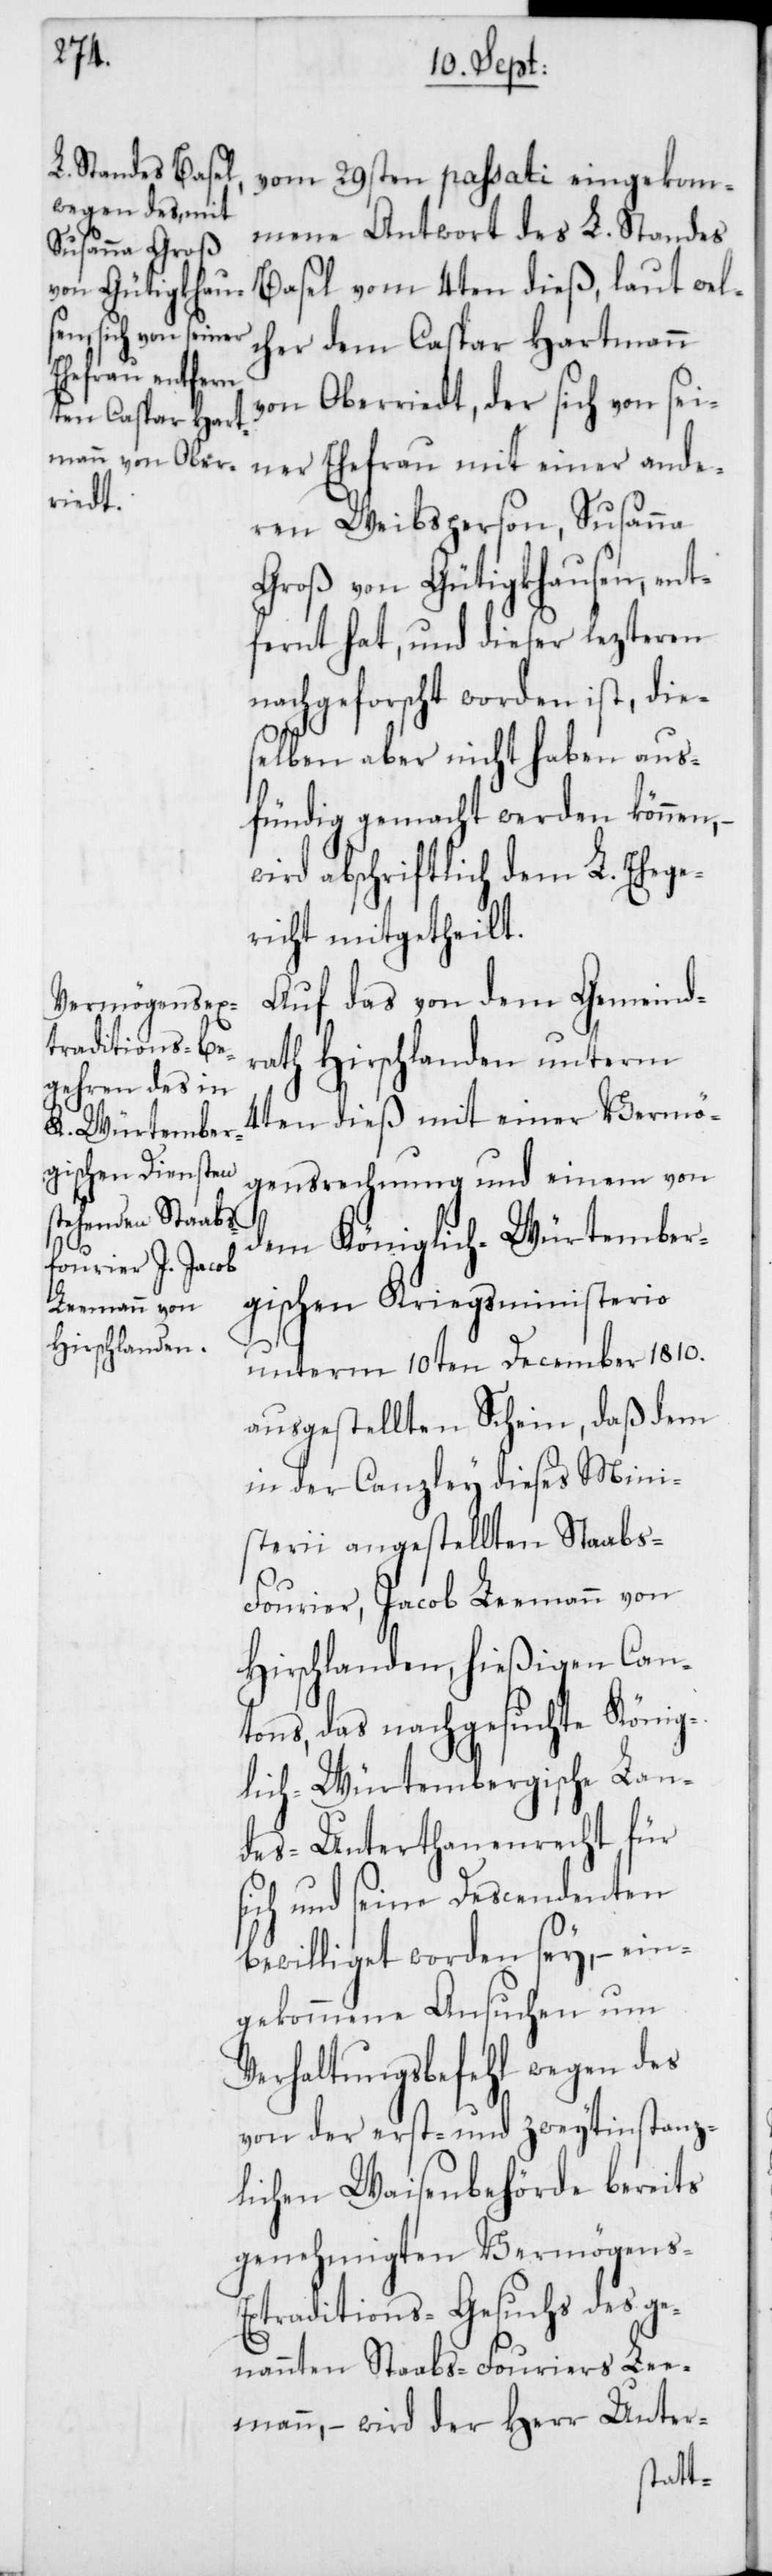
29sten
mmene Antwort des L. Standes
Basel vom 4ten dieß, laut wel¬
cher dem Caspar Hartmann
passati eingeko¬
von Oberriedt, der sich von sei¬
ner Ehefrau mit einer ande¬
ren Weibsperson, Susanna
Groß von Gütigkhausen, ent¬
fernt hat, und dieser lezteren
nachgeforscht worden ist, die¬
selben aber nicht haben aus¬
fündig gemacht werden können, –
wird abschriftlich dem L. Ehege¬
richt mitgetheilt.
Auf das von dem Gemeind¬
rath Hirschlanden unterm
4ten dieß mit einer Vermö¬
gensrechnung und einem von
dem Königlich-Würtember¬
gischen Kriegsministerio
unterm 10ten December 1810.
ausgestellten Schein, daß dem
in der Canzley dieses Mini¬
sterii angestellten Staabs-F¬
ourier, Jacob Leemann von
Hirschlanden, hießigen Can¬
tons, das nachgesuchte König¬
lich-Würtembergische Lan¬
des-Unterthanenrecht für
sich und seine Descendenten
bewilliget worden sey, – ein¬
gekommene Ansuchen um
Verhaltungsbefehl wegen des
von der erst- und zweitinstanz¬
lichen Waisenbehörde bereits
genehmigten Vermögens-E¬
xtraditions-Gesuchs des ge¬
nannten Staabs-Fouriers Lee¬
mann, – wird der Herr Unter-